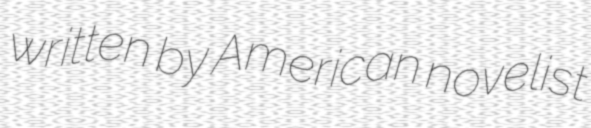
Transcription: written by American novelist